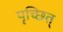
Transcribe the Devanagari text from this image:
पृच्छित्